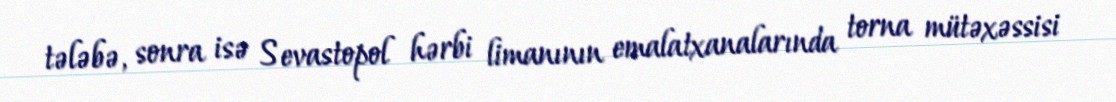
tələbə, sonra isə Sevastopol hərbi limanının emalatxanalarında torna mütəxəssisi